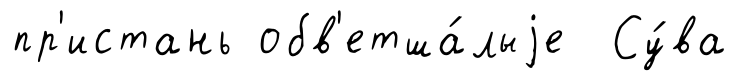
пр'истань обв'етша́лыjе Су́ва